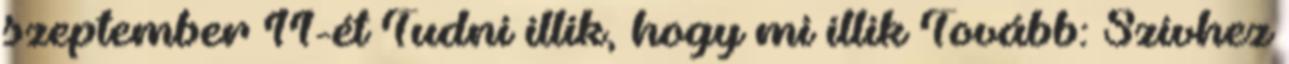
szeptember 11-ét Tudni illik, hogy mi illik Tovább: Szívhez